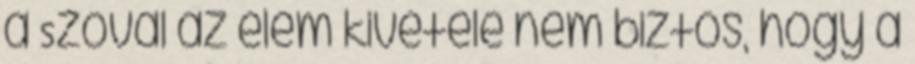
a Szoval az elem kivetele nem biztos, hogy a